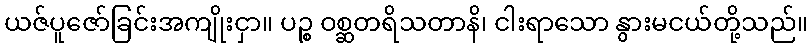
ယဇ်ပူဇော်ခြင်းအကျိုးငှာ။ ပဉ္စ ဝစ္ဆတရိသတာနိ၊ ငါးရာသော နွားမငယ်တို့သည်။